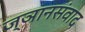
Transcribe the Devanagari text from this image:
ज्ञानसंवाद